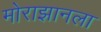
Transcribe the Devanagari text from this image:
मोराझानला